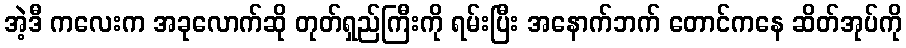
အဲ့ဒီ ကလေးက အခုလောက်ဆို တုတ်ရှည်ကြီးကို ရမ်းပြီး အနောက်ဘက် တောင်ကနေ ဆိတ်အုပ်ကို